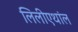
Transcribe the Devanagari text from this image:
लिलीएथांल